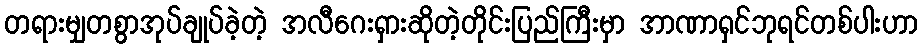
တရားမျှတစွာအုပ်ချုပ်ခဲ့တဲ့ အလီဂေးရှားဆိုတဲ့တိုင်းပြည်ကြီးမှာ အာဏာရှင်ဘုရင်တစ်ပါးဟာ